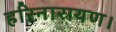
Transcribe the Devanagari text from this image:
हरिनारायण।